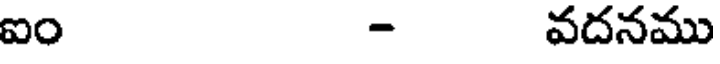
ఐం - వదనము